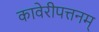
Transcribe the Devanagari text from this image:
कावेरीपत्तनम्